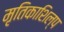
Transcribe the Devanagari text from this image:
मृतिकाशिल्प